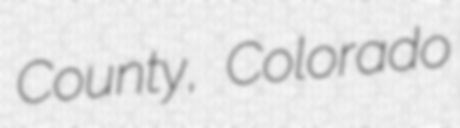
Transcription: County, Colorado